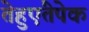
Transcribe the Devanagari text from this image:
तेहुएंतेपेक